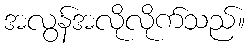
အလွန်အလိုလိုက်သည်။